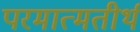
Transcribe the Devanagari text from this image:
परमात्मतीर्थ